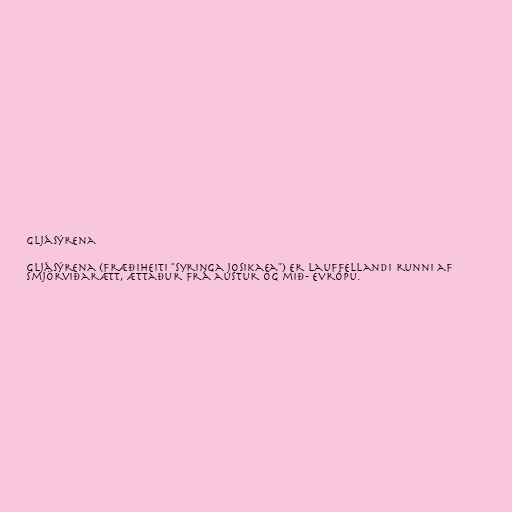
Gljásýrena

Gljásýrena (fræðiheiti "Syringa josikaea") er lauffellandi runni af
smjörviðarætt, ættaður frá austur og mið- Evrópu.